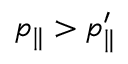
p _ { \parallel } > p _ { \parallel } ^ { \prime }